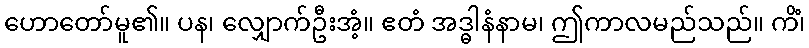
ဟောတော်မူ၏။ ပန၊ လျှောက်ဦးအံ့။ ဧတံ အဒ္ဓါနံနာမ၊ ဤကာလမည်သည်။ ကိံ၊